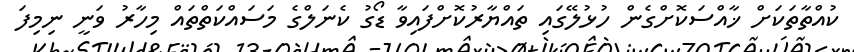
ކުއްތާތަކަށް ޚާއްސަކޮށްގެން ހުޅުލޭގައި ތައްޔާރުކޮށްފައިވާ ޑޯގު ކެނަލްގެ މަސައްކަތްތައް މިހާރު ވަނީ ނިމިފަ